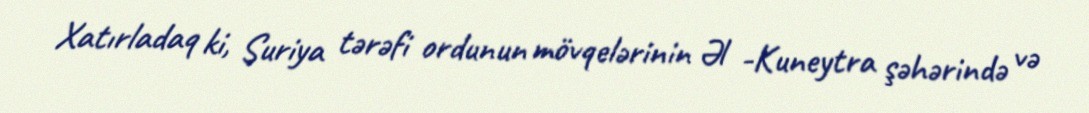
Xatırladaq ki, Suriya tərəfi ordunun mövqelərinin Əl -Kuneytra şəhərində və